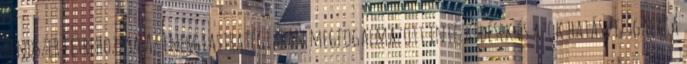
rendszer létrehozása Az energiastratégiában megfogalmazott intézkedések és azok hatásvizsgálata